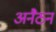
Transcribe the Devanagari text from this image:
अनैठन